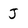
Character: J